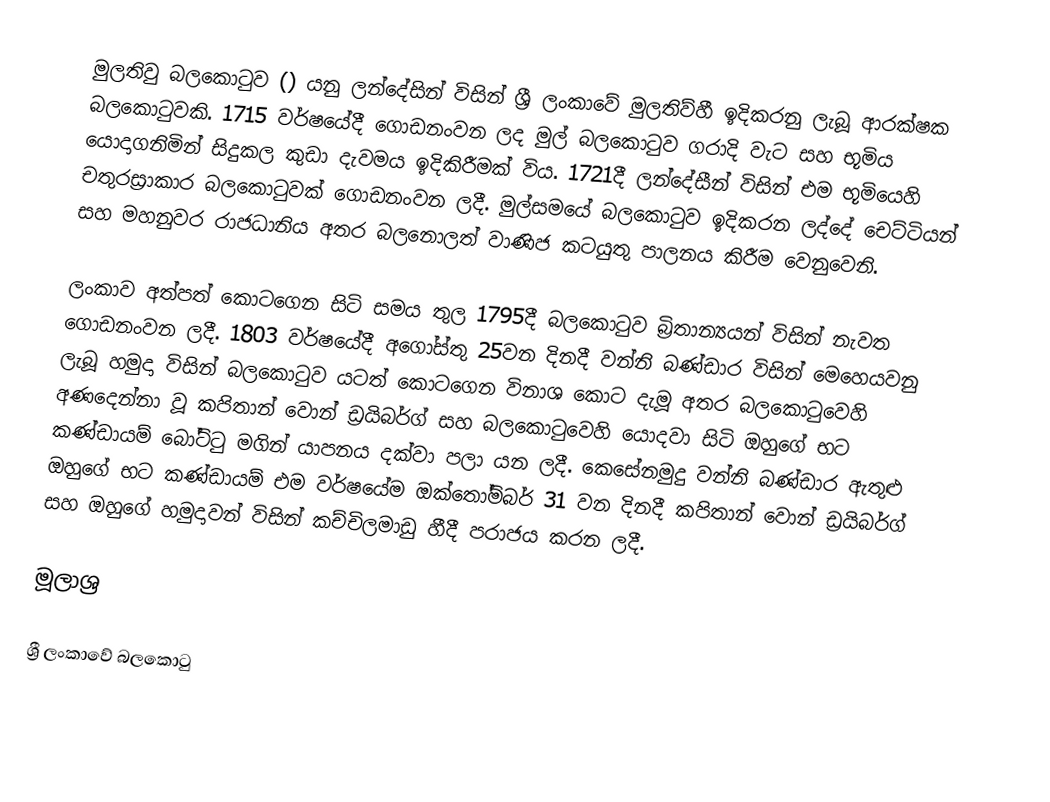
මුලතිවු බලකොටුව () යනු ලන්දේසින් විසින් ශ්‍රී ලංකාවේ මුලතිව්හී ඉදිකරනු ලැබූ ආරක්ෂක බලකොටුවකි. 1715 වර්ෂයේදී ගොඩනංවන ලද මුල් බලකොටුව ගරාදි වැට සහ භූමිය යොදාගනිමින් සිදුකල කුඩා දැවමය ඉදිකිරීමක් විය. 1721දී ලන්දේසීන් විසින් එම භූමියෙහි චතුරස්‍රාකාර බලකොටුවක් ගොඩනංවන ලදී. මුල්සමයේ බලකොටුව ඉදිකරන ලද්දේ චෙට්ටියන් සහ මහනුවර රාජධානිය අතර බලනොලත් වාණිජ කටයුතු පාලනය කිරීම වෙනුවෙනි.

ලංකාව අත්පත් කොටගෙන සිටි සමය තුල 1795දී බලකොටුව බ්‍රිතාන්‍යයන් විසින් නැවත ගොඩනංවන ලදී. 1803 වර්ෂයේදී අගෝස්තු 25වන දිනදී වන්නි බණ්ඩාර විසින් මෙහෙයවනු ලැබූ හමුදා විසින් බලකොටුව යටත් කොටගෙන විනාශ කොට දැමූ අතර බලකොටුවෙහි අණදෙන්නා වූ කපිතාන්  වොන් ඩ්‍රයිබර්ග් සහ බලකොටුවෙහි යොදවා සිටි ඔහුගේ භට කණ්ඩායම් බෝට්ටු මගින් යාපනය  දක්වා පලා යන ලදී. කෙසේනමුදු වන්නි බණ්ඩාර ඇතුළු ඔහුගේ භට කණ්ඩායම් එම වර්ෂයේම ඔක්තෝම්බර් 31 වන දිනදී කපිතාන් වොන් ඩ්‍රයිබර්ග් සහ ඔහුගේ හමුදාවන් විසින් කච්චිලමාඩු හීදී පරාජය කරන ලදී.

මූලාශ්‍ර

ශ්‍රී ලංකාවේ බලකොටු